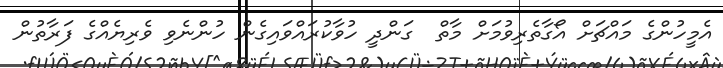
އެމީހުންގެ މައްޗަށް އޯގާތެރިވުމަށް މާތް  ގަންދީ ހުވާކުރައްވައިގެން ހުންނެވި ވެރިޔެއްގެ ފަރާތުން